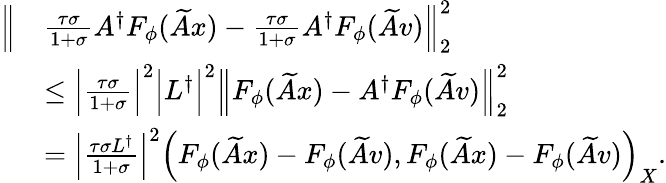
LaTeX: \begin{array}{rl}{\Bigl\| }&{\frac{\tau\sigma}{1+\sigma}A^{\dagger}F_{\phi}(\widetilde{A}x)-\frac{\tau\sigma}{1+\sigma}A^{\dagger}F_{\phi}(\widetilde{A}v)\Bigr\| _{2}^{2}}\\ &{\leq\Bigl|\frac{\tau\sigma}{1+\sigma}\Bigr|^{2}\Bigl|L^{\dagger}\Bigr|^{2}\Bigl\| F_{\phi}(\widetilde{A}x)-A^{\dagger}F_{\phi}(\widetilde{A}v)\Bigr\| _{2}^{2}}\\ &{=\Bigl|\frac{\tau\sigma L^{\dagger}}{1+\sigma}\Bigr|^{2}\Bigl(F_{\phi}(\widetilde{A}x)-F_{\phi}(\widetilde{A}v),F_{\phi}(\widetilde{A}x)-F_{\phi}(\widetilde{A}v)\Bigr)_{X}.}\end{array}